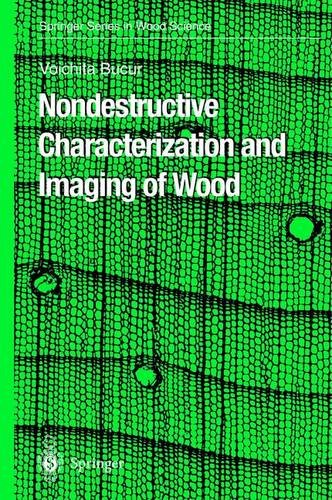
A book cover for Nondestructive Characterization and Imaging of Wood (Springer Series in Wood Science); Voichita Bucur; Medical Books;